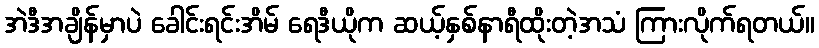
အဲဒီအချိန်မှာပဲ ခေါင်းရင်းအိမ် ရေဒီယိုက ဆယ့်နှစ်နာရီထိုးတဲ့အသံ ကြားလိုက်ရတယ်။